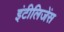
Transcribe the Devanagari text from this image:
इंटीलिजेंस